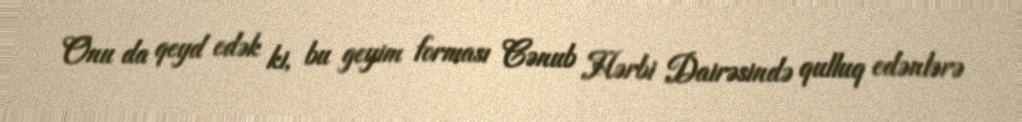
Onu da qeyd edək ki, bu geyim forması Cənub Hərbi Dairəsində qulluq edənlərə